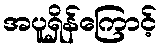
အပူရှိန်ကြောင့်